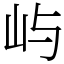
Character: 屿